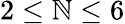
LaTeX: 2\leq\mathbb{N}\leq6